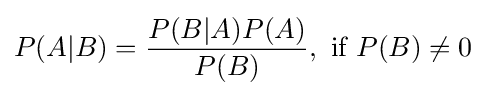
P(A\vert B)={\frac {P(B\vert A)P(A)}{P(B)}},{\text{ if }}P(B)\neq 0